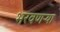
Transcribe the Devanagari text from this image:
भरवणऱ्या